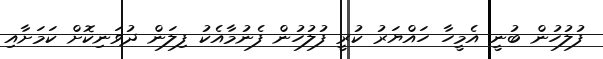
ފުލުހުން ބުނީ އެމީހާ ހައްޔަރު ކުރީ ފުލުހުން ފެނުމާއެކު ފިލަން ދުވަނިކޮށް ކަމަށާއި